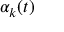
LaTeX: \alpha _ { k } ( t )